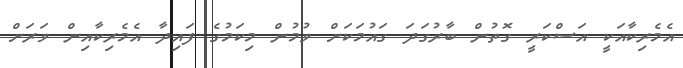
އެމެރިކާއަކީ އަސްކަރީ ގޮތުން ބާރުގަދަ ގައުމަކަށް ވުމުން މިކަމުގެ ފައިދާ އެމެރިކާއިން ވަރަށް